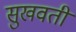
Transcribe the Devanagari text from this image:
सुखवती